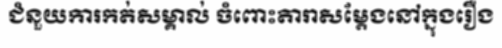
ជំនួយការកត់សម្គាល់ ចំពោះតារាសម្តែងនៅក្នុងរឿង